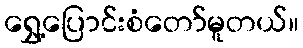
ရွှေ့ပြောင်းစံတော်မူတယ်။